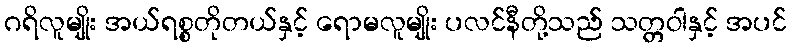
ဂရိလူမျိုး အယ်ရစ္စတိုတယ်နှင့် ရောမလူမျိုး ပလင်နီတို့သည် သတ္တဝါနှင့် အပင်